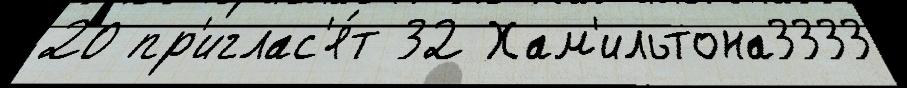
20 пр'иглас'я́т 32 Хам'ильтона3333